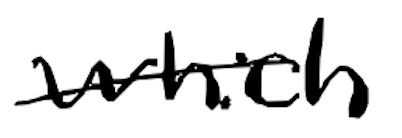
Text: which
Cross-out: single-line
Writing tool: digital_black